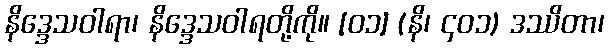
နိဒ္ဒေသဝါရာ၊ နိဒ္ဒေသဝါရတို့ကို။ [၀၁] (နိ၊ ၄၀၁) ဒဿိတာ၊